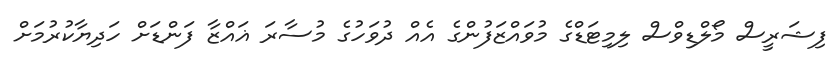
ފިޝަރީސް މޯލްޑިވްސް ލިމިޓަޑްގެ މުވައްޒަފުންގެ އެއް ދުވަހުގެ މުސާރަ ޣައްޒާ ފަންޑަށް ހަދިޔާކުރުމަށް